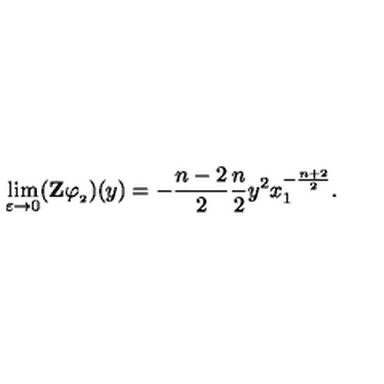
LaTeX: \lim _ { \varepsilon \to 0 } ( \mathbf { Z } \varphi _ { _ 2 } ) ( y ) = - \frac { n - 2 } { 2 } \frac { n } { 2 } y ^ { 2 } x _ { 1 } ^ { - \frac { n + 2 } { 2 } } .